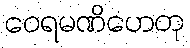
ဝေရမဏိဟေတု